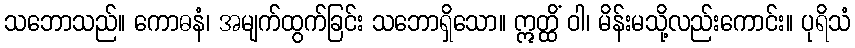
သဘောသည်။ ကောဓနံ၊ အမျက်ထွက်ခြင်း သဘောရှိသော။ ဣတ္ထိံ ဝါ၊ မိန်းမသို့လည်းကောင်း။ ပုရိသံ